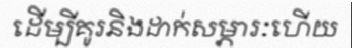
ដើម្បីគូរនិងដាក់សម្ភារៈហើយ